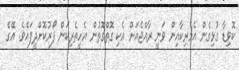
ކޮވިޑާ ގުޅިގެން އެމެރިކާއިން ވަނީ ރާއްޖެއަށް އެކި ގޮތްގޮތުން އެހީތެރިކަން ފޯރުކޮށްދީފައެވެ. އޭގެ